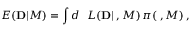
E ( { \bf D } | { \cal M } ) = \int d { \bf \theta } \ { \cal L } ( { \bf D } | { \bf \theta } , { \cal M } ) \, \pi ( { \bf \theta } , { \cal M } ) \, ,